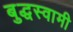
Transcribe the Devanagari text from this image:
बुद्धस्वामी